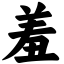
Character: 羞